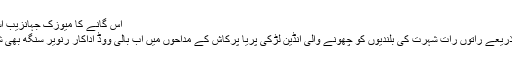
اس گانے کا میوزک جہانزیب اسلم جبکہ ... مزید
سوشل میڈیا کے ذریعے راتوں رات شہرت کی بلندیوں کو چھونے والی انڈین لڑکی پریا پرکاش کے مداحوں میں اب بالی ووڈ اداکار رنویر سنگھ بھی شامل ہو گئے ہیں۔